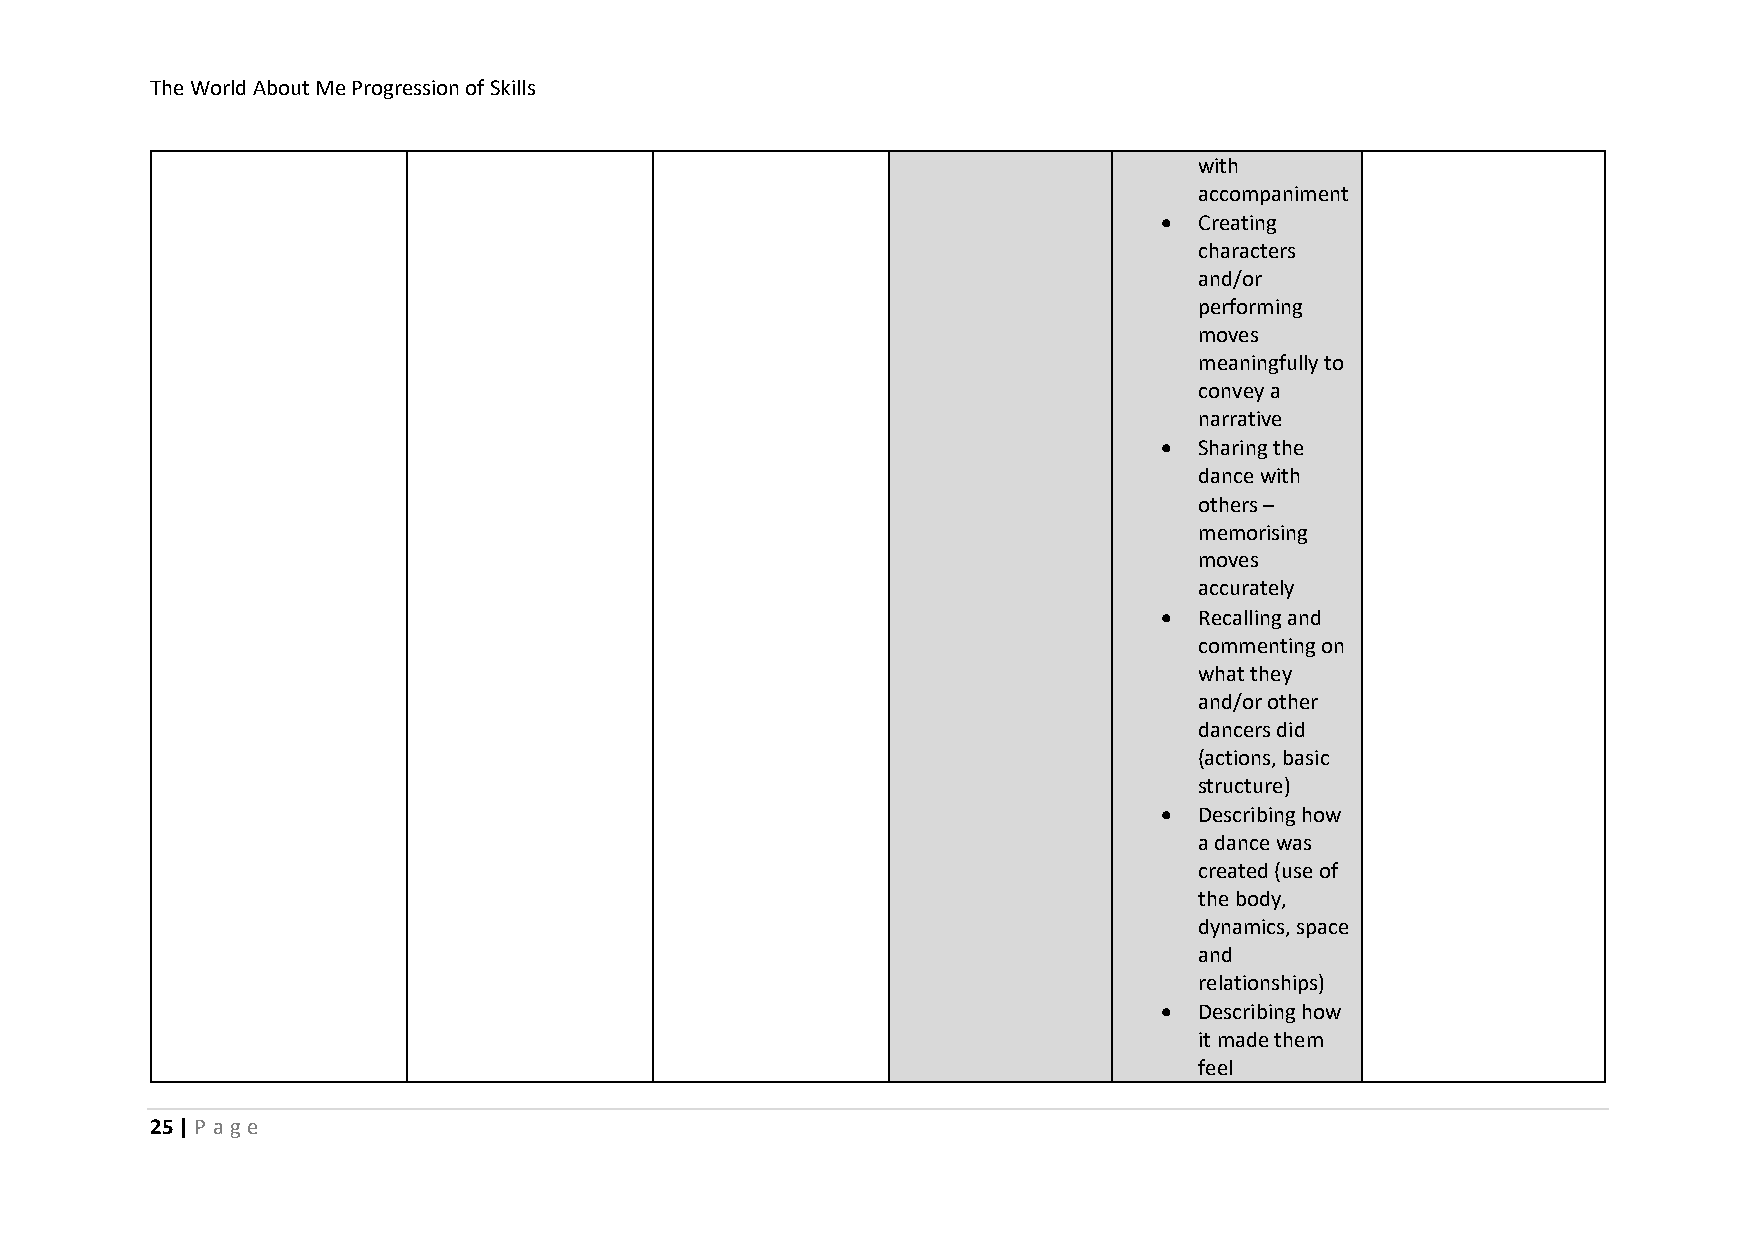
The World About Me Progression of Skills
 with
 accompaniment
 • Creating
 characters
 and/or
 performing
 moves
 meaningfully to
 convey a
 narrative
 • Sharing the
 dance with
 others –
 memorising
 moves
 accurately
 • Recalling and
 commenting on
 what they
 and/or other
 dancers did
 (actions, basic
 structure)
 • Describing how
 a dance was
 created (use of
 the body,
 dynamics, space
 and
 relationships)
 • Describing how
 it made them
 feel
 25 | P ag e